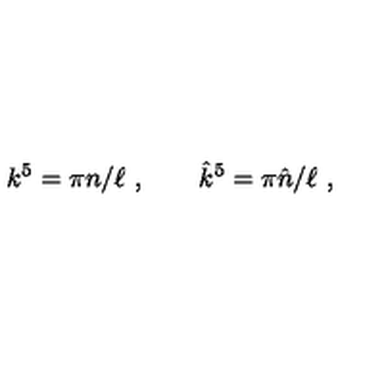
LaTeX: k ^ { 5 } = \pi n / \ell \ , \qquad { \hat { k } } ^ { 5 } = \pi \hat { n } / \ell \ ,